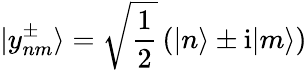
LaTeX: |y_{nm}^{\pm}\rangle=\sqrt{\frac{1}{2}}\left(|n\rangle\pm\mathrm{i}|m\rangle\right)